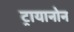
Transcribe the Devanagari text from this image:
ट्रायानोन